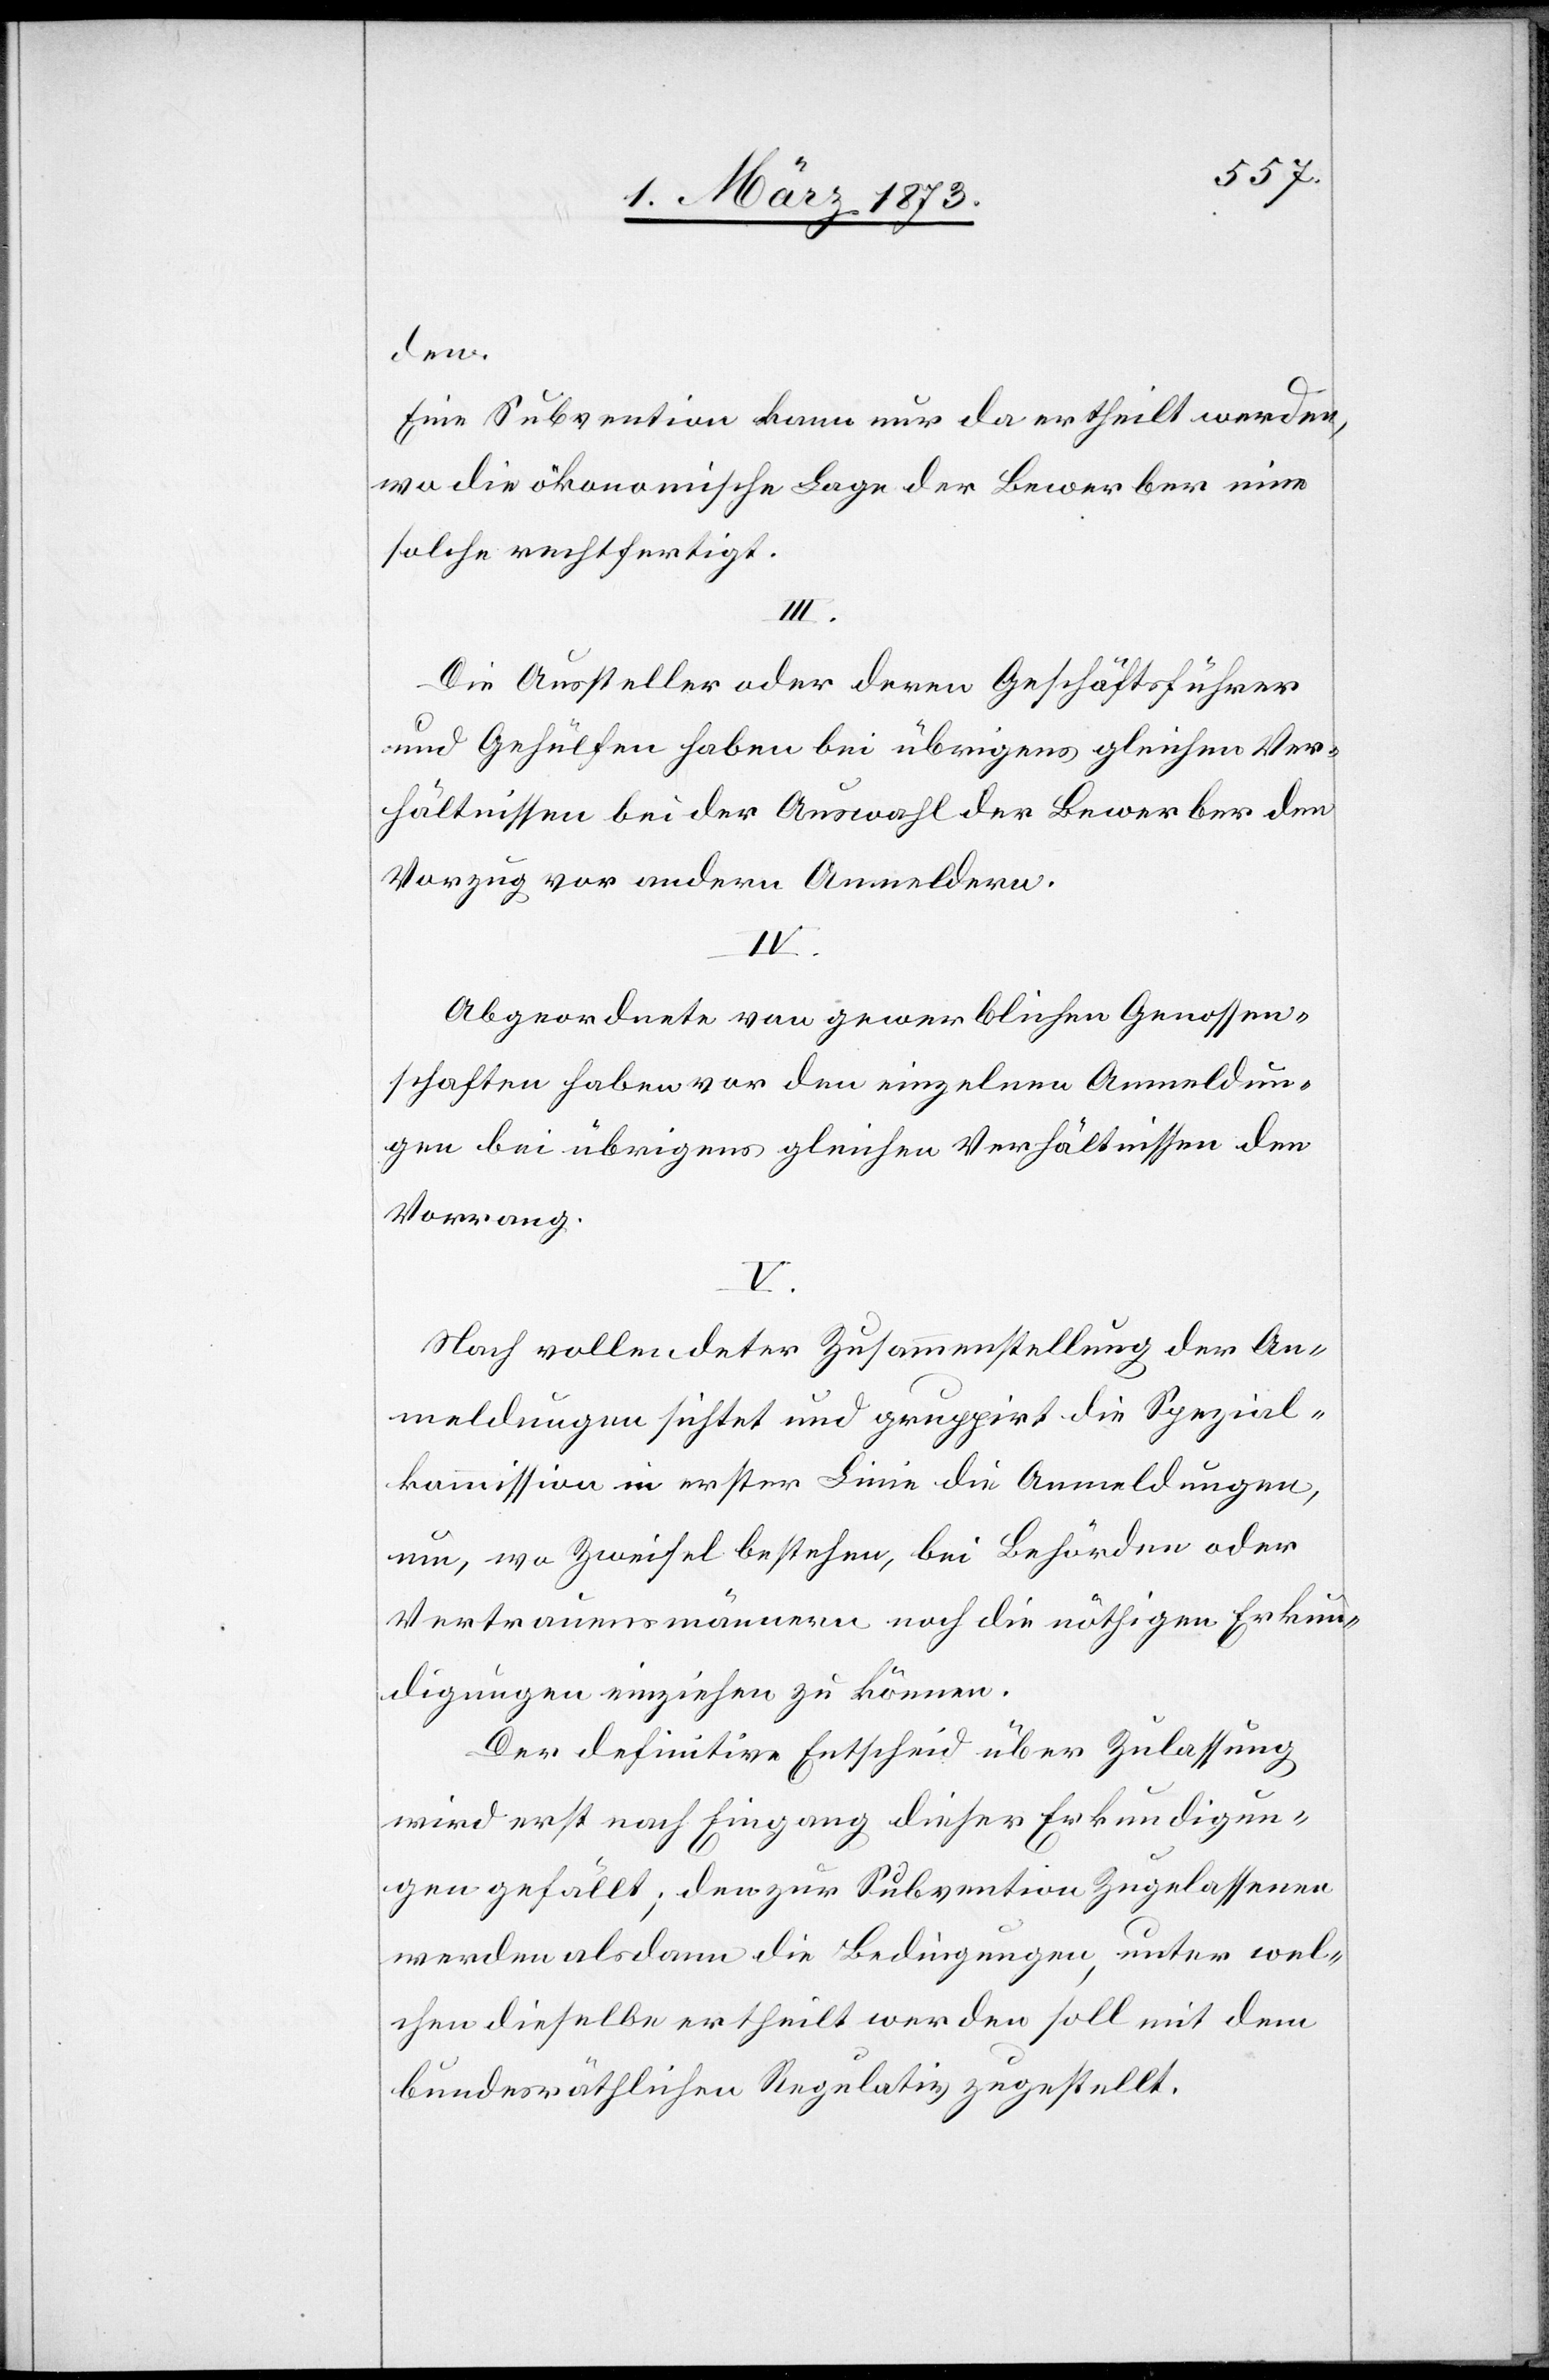
den.
Eine Subvention kann nur da ertheilt werden,
wo die ökonomische Lage der Bewerber eine
solche rechtfertigt.
III.
Die Aussteller oder deren Geschäftsführer
und Gehülfen haben bei übrigens gleichen Ver¬
hältnissen bei der Auswahl der Bewerber den
Vorzug vor andern Anmeldern.
IV.
Abgeordnete von gewerblichen Genossen¬
schaften haben vor den einzelnen Anmeldun¬
gen bei übrigens gleichen Verhältnissen den
Vorrang.
V.
Nach vollendeter Zusammenstellung der An¬
meldungen sichtet und gruppirt die Spezial¬
kommission in erster Linie die Anmeldungen,
um, wo Zweifel bestehen, bei Behörden oder
Vertrauensmännern noch die nöthigen Erkun¬
digungen einziehen zu können.
Der definitive Entscheid über Zulassung
wird erst nach Eingang dieser Erkundigun¬
gen gefällt; den zur Subvention Zugelassenen
werden alsdann die Bedingungen, unter wel¬
chen dieselbe ertheilt werden soll mit dem
bundesräthlichen Regulativ zugestellt.